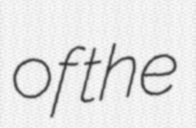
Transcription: of the